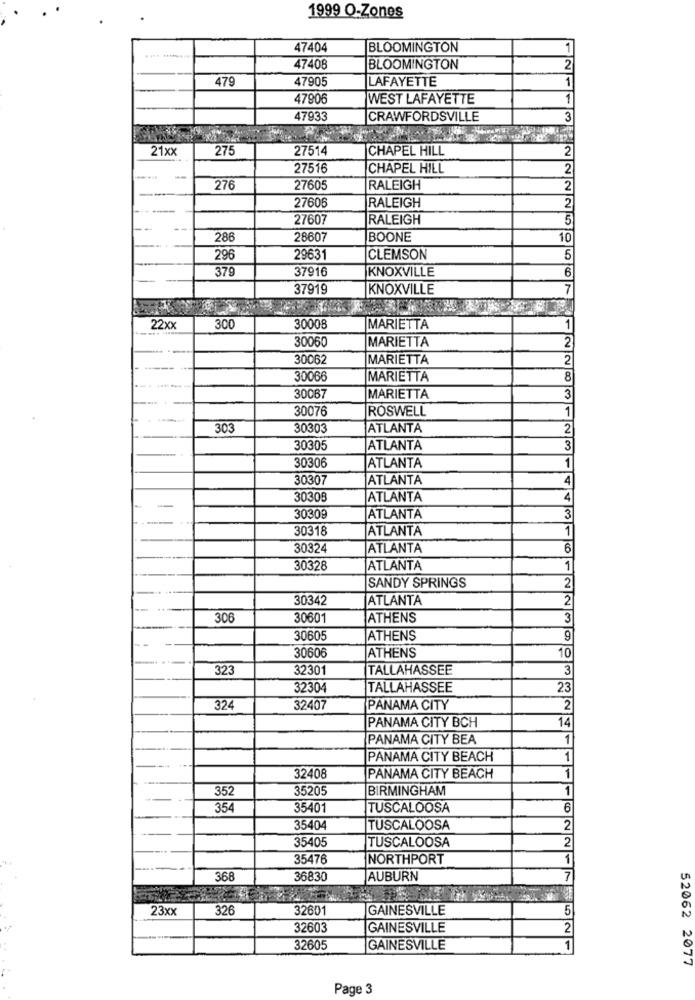
1999 O-Zones
47404
BLOOMINGTON
1
... ..
47408
BLOOMINGTON
2
479
47905
LAFAYETTE
1
47906
WEST LAFAYETTE
1
47933
CRAWFORDSVILLE
3
21xx
275
27514
CHAPEL HILL
2
27516
CHAPEL HILL
2
-
276
27605
RALEIGH
2
27606
2
RALEIGH
27607
RALEIGH
5
--
286
28607
BOONE
10
296
29631
CLEMSON
5
379
37916
KNOXVILLE
6
37919
KNOXVILLE
7
22xx
300
30008
MARIETTA
1
30060
MARIETTA
2
30062
MARIETTA
2
30066
MARIETTA
8
30067
MARIETTA
3
30076
ROSWELL
1
-
303
30303
ATLANTA
2
30305
ATLANTA
3
30306
ATLANTA
1
30307
ATLANTA
4
30308
ATLANTA
4
30309
ATLANTA
3
30318
ATLANTA
1
30324
ATLANTA
6
30328
ATLANTA
1
SANDY SPRINGS
2
30342
ATLANTA
2
306
30601
ATHENS
3
30605
ATHENS
9
30606
ATHENS
10
323
32301
TALLAHASSEE
3
32304
TALLAHASSEE
23
324
32407
PANAMA CITY
2
PANAMA CITY BCH
14
PANAMA CITY BEA
1
PANAMA CITY BEACH
1
32408
PANAMA CITY BEACH
1
352
35205
BIRMINGHAM
1
354
35401
TUSCALOOSA
6
35404
TUSCALOOSA
2
35405
2
TUSCALOOSA
35476
NORTHPORT
1
368
36830
AUBURN
7
23xx
326
32601
GAINESVILLE
5
32603
GAINESVILLE
2
32605
GAINESVILLE
1
52062 2077
Page 3